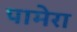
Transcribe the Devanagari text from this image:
पामेरा